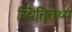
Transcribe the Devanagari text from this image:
स्थितितथ्य